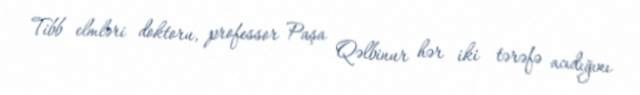
Tibb elmləri doktoru, professor Paşa Qəlbinur hər iki tərəfə acıdığını